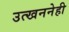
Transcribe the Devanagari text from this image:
उत्खननेही